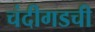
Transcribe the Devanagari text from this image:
चंदीगडची